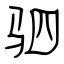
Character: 驷